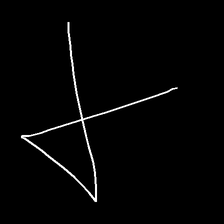
Glyph: collection